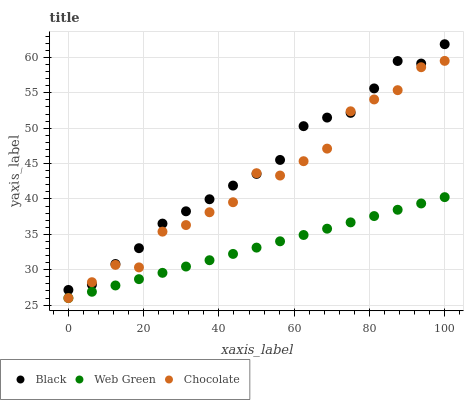
| xaxis_label | Black | Web Green | Chocolate |
 | --- | --- | --- | --- |
 | 0 | 27.2 | 26 | 26 |
 | 6.25 | 27.9 | 26.9 | 28.2 |
 | 12.5 | 30.8 | 27.8 | 30.7 |
 | 18.8 | 33 | 28.7 | 30.3 |
 | 25 | 36.5 | 29.6 | 35.4 |
 | 31.2 | 38.3 | 30.5 | 36.3 |
 | 37.5 | 40 | 31.3 | 38.1 |
 | 43.8 | 41.9 | 32.2 | 39.5 |
 | 50 | 43.5 | 33.1 | 43.6 |
 | 56.2 | 45.5 | 34 | 43.3 |
 | 62.5 | 50.3 | 34.9 | 45.3 |
 | 68.8 | 51.5 | 35.8 | 47.1 |
 | 75 | 52.2 | 36.7 | 52.4 |
 | 81.2 | 55.6 | 37.6 | 54.1 |
 | 87.5 | 59.5 | 38.5 | 55.4 |
 | 93.8 | 59.1 | 39.4 | 58.6 |
 | 100 | 61.9 | 40.3 | 59.5 |